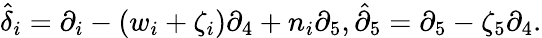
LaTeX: \hat{{\delta}}_{i}=\partial_{i}-(w_{i}+\zeta_{i})\partial_{4}+n_{i}\partial_{5},\hat{{\partial}}_{5}=\partial_{5}-\zeta_{5}\partial_{4}.